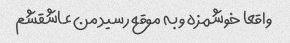
واقعا خوشمزه و به موقع رسید من عاشقشم